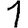
Digit: 1